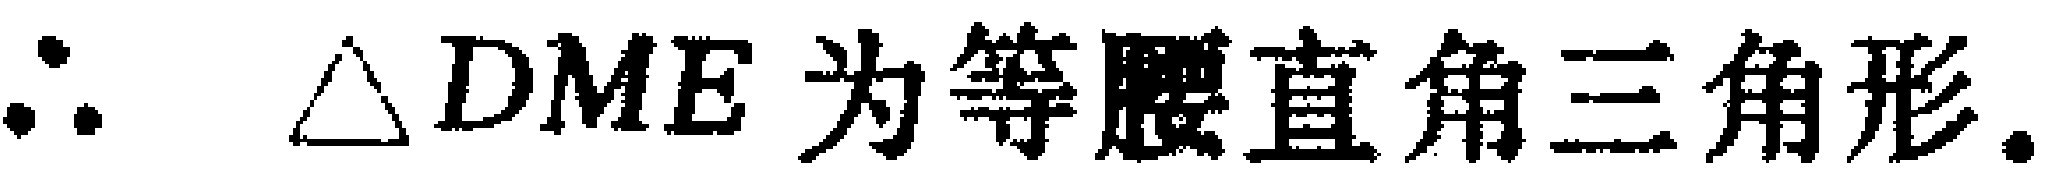
\(\therefore \triangle DME\text{ 为等腰直角三角形}.\)